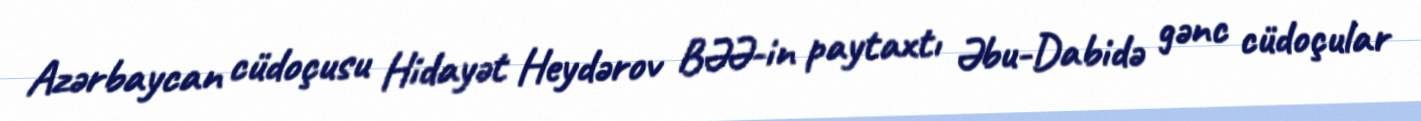
Azərbaycan cüdoçusu Hidayət Heydərov BƏƏ-in paytaxtı Əbu-Dabidə gənc cüdoçular